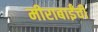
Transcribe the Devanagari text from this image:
मीराबाईंची